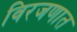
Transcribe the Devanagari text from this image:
विरजणात